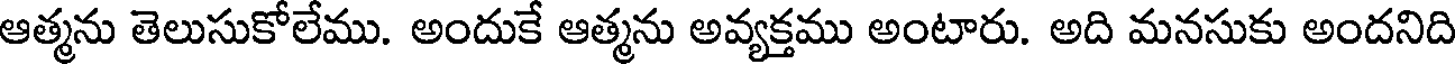
ఆత్మను తెలుసుకోలేము. అందుకే ఆత్మను అవ్యక్తము అంటారు. అది మనసుకు అందనిది